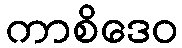
ကာစိဒေဝ